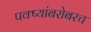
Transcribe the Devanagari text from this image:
पक्ष्यांबरोबरच